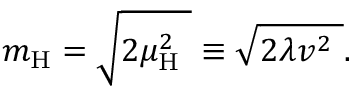
m _ { \mathrm { H } } = { \sqrt { 2 \mu _ { \mathrm { H } } ^ { 2 } \ } } \equiv { \sqrt { 2 \lambda v ^ { 2 } \ } } .